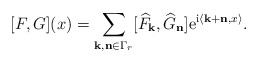
\begin{align*}[F,G](x)=\sum_{{\bf k,n}\in \Gamma_{r}} [\widehat{F}_{\bf k},\widehat{G}_{\bf n}] {\rm e}^{{\rm i}\langle {\bf k+n},x \rangle}. \end{align*}